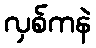
လှစ်ကနဲ